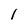
Character: I